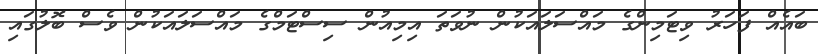
ބައެއް ފަހަރު ވިޓަމިންގެ މައްސަލައަކުން ނުވަތަ އިމިއުން ސިސްޓަމްގެ މައްސަލައަކުން ވެސް ބޮލުގައި